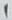
Text: 1